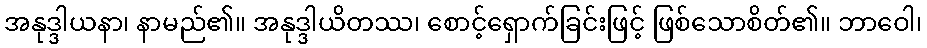
အနုဒ္ဒါယနာ၊ နာမည်၏။ အနုဒ္ဒါယိတဿ၊ စောင့်ရှောက်ခြင်းဖြင့် ဖြစ်သောစိတ်၏။ ဘာဝေါ၊